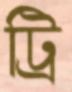
ট্রি